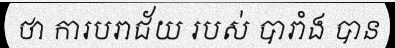
ថា ការបរាជ័យ របស់ បារាំង បាន